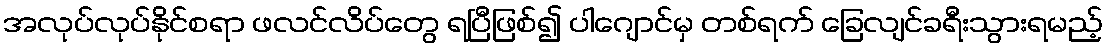
အလုပ်လုပ်နိုင်စရာ ဖလင်လိပ်တွေ ရပြီဖြစ်၍ ပါဂျောင်မှ တစ်ရက် ခြေလျင်ခရီးသွားရမည့်